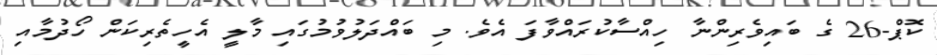
ކޮޕް-26 ގެ ބައިވެރިންނާ ހިއްސާކުރައްވާފަ އެވެ. މި ބައްދަލުވުމުގައި މާލީ އެހީތެރިކަން ހޯދުމާއި